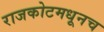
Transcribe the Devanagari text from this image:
राजकोटमधूनच